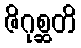
ဇိဂုစ္ဆတိ